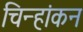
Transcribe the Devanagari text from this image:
चिन्हांकन